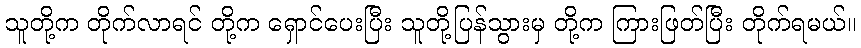
သူတို့က တိုက်လာရင် တို့က ရှောင်ပေးပြီး သူတို့ပြန်သွားမှ တို့က ကြားဖြတ်ပြီး တိုက်ရမယ်။